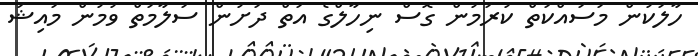
ހާލަކުން މަސައްކަތް ކުރަމުން ގޮސް ނިހާލްގެ އަތް ދަށުން ސަލާމަތް ވުމުން މައިޝަ